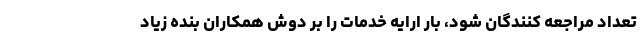
تعداد مراجعه کنندگان شود، بار ارایه خدمات را بر دوش همکاران بنده زیاد